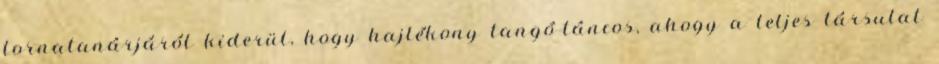
tornatanárjáról kiderül, hogy hajlékony tangó-táncos, ahogy a teljes társulat